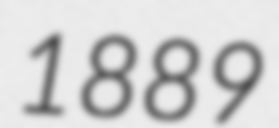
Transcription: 1889